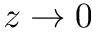
z \rightarrow 0